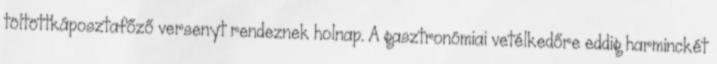
töltöttkáposztafőző versenyt rendeznek holnap. A gasztronómiai vetélkedőre eddig harminckét